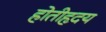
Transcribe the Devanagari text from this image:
होतीहृदय